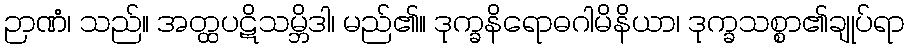
ဉာဏံ၊ သည်။ အတ္ထပဋိသမ္ဘိဒါ၊ မည်၏။ ဒုက္ခနိရောဓဂါမိနိယာ၊ ဒုက္ခသစ္စာ၏ချုပ်ရာ